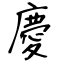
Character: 慶